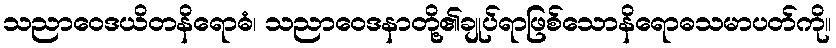
သညာဝေဒယိတနိရောဓံ၊ သညာဝေဒနာတို့၏ချုပ်ရာဖြစ်သောနိရောဓသမာပတ်ကို။